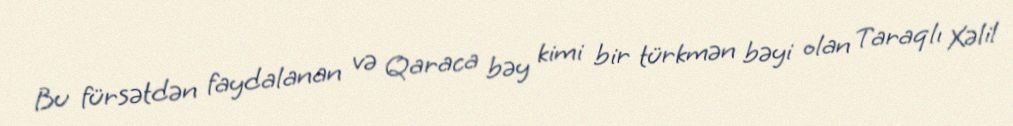
Bu fürsətdən faydalanan və Qaraca bəy kimi bir türkmən bəyi olan Taraqlı Xəlil